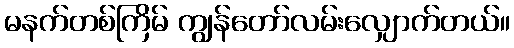
မနက်တစ်ကြိမ် ကျွန်တော်လမ်းလျှောက်တယ်။